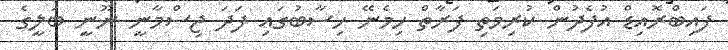
ފައިބްރޮއިޑް އުފެދުން ކުރިމަތި ފަރާތް ހިމެނޭ ހިސާބުގައި ފަދަ ޖިސްމާނީ ނޫނީ ބަލީގެ